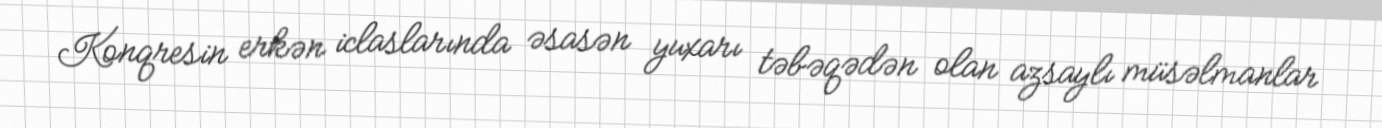
Konqresin erkən iclaslarında əsasən yuxarı təbəqədən olan azsaylı müsəlmanlar